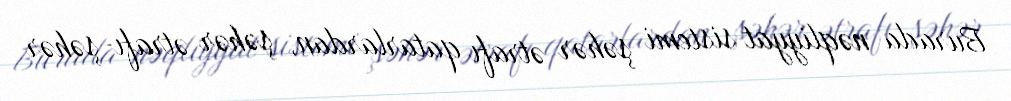
Burada nəqliyyat sistemi şəhər ətrafı qatarlardan, şəhər ətrafı-şəhər